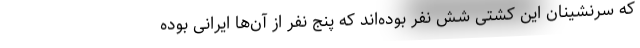
که سرنشینان این کشتی شش نفر بوده‌اند که پنج نفر از آن‌ها ایرانی بوده